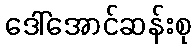
ဒေါ်အောင်ဆန်းစု